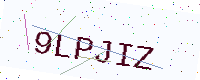
Text: 9LPJIZ